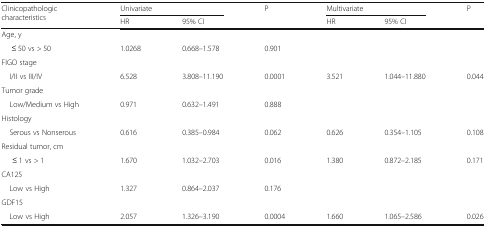
<table><thead><tr><td rowspan="2"><b>Clinicopathologic characteristics</b></td><td colspan="2"><b>Univariate</b></td><td rowspan="2"><b>P</b></td><td colspan="2"><b>Multivariate</b></td><td rowspan="2"><b>P</b></td></tr><tr><td><b>HR</b></td><td><b>95% CI</b></td><td><b>HR</b></td><td><b>95% CI</b></td></tr></thead><tbody><tr><td colspan="7">Age, y</td></tr><tr><td>≤ 50 vs &gt; 50</td><td>1.0268</td><td>0.668–1.578</td><td>0.901</td><td></td><td></td><td></td></tr><tr><td colspan="7">FIGO stage</td></tr><tr><td> I/II vs III/IV</td><td>6.528</td><td>3.808–11.190</td><td>0.0001</td><td>3.521</td><td>1.044–11.880</td><td>0.044</td></tr><tr><td colspan="7">Tumor grade</td></tr><tr><td> Low/Medium vs High</td><td>0.971</td><td>0.632–1.491</td><td>0.888</td><td></td><td></td><td></td></tr><tr><td colspan="7">Histology</td></tr><tr><td> Serous vs Nonserous</td><td>0.616</td><td>0.385–0.984</td><td>0.062</td><td>0.626</td><td>0.354–1.105</td><td>0.108</td></tr><tr><td colspan="7">Residual tumor, cm</td></tr><tr><td>≤ 1 vs &gt; 1</td><td>1.670</td><td>1.032–2.703</td><td>0.016</td><td>1.380</td><td>0.872–2.185</td><td>0.171</td></tr><tr><td colspan="7">CA125</td></tr><tr><td> Low vs High</td><td>1.327</td><td>0.864–2.037</td><td>0.176</td><td></td><td></td><td></td></tr><tr><td colspan="7">GDF15</td></tr><tr><td> Low vs High</td><td>2.057</td><td>1.326–3.190</td><td>0.0004</td><td>1.660</td><td>1.065–2.586</td><td>0.026</td></tr></tbody></table>